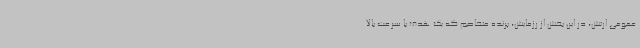
عمومی ارتش، در این بخش از رزمایش، پرنده متخاصم که یک هدف با سرعت بالا